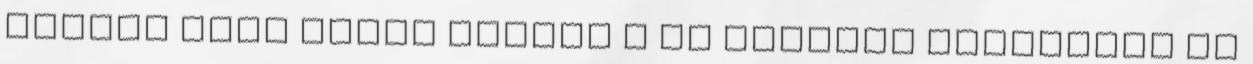
eltelt évek alatt mindig a jó oldalát figyeltem az